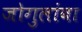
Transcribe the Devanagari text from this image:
जोगुलांबा